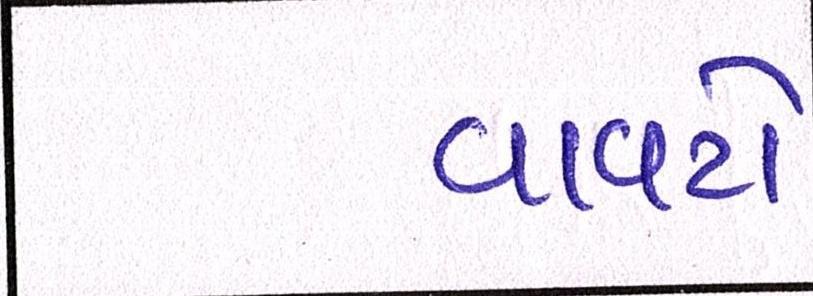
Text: વાવટો